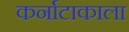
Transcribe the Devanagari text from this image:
कर्नाटाकाला